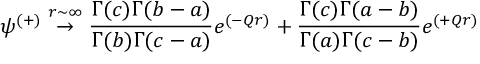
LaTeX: \psi ^ { ( + ) } \stackrel { r \sim \infty } { \rightarrow } { \frac { \Gamma ( c ) \Gamma ( b - a ) } { \Gamma ( b ) \Gamma ( c - a ) } } e ^ { ( - Q r ) } + { \frac { \Gamma ( c ) \Gamma ( a - b ) } { \Gamma ( a ) \Gamma ( c - b ) } } e ^ { ( + Q r ) }